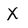
Character: X